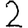
Digit: 2